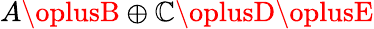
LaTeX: A\oplusB\oplus\mathbb{C}\oplusD\oplusE